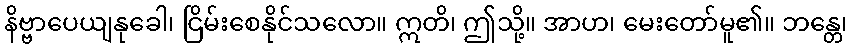
နိဗ္ဗာပေယျနုခေါ၊ ငြိမ်းစေနိုင်သလော။ ဣတိ၊ ဤသို့။ အာဟ၊ မေးတော်မူ၏။ ဘန္တေ၊